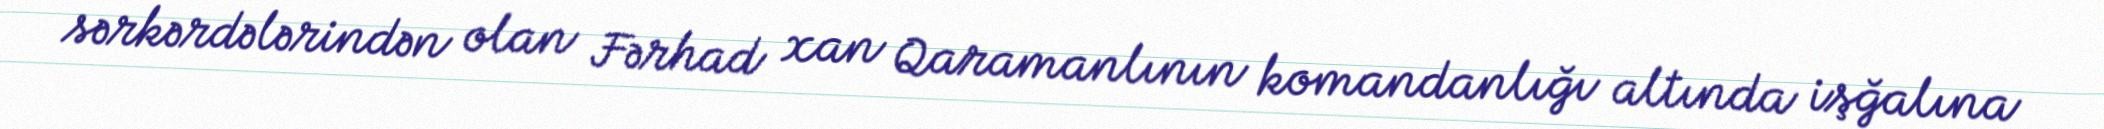
sərkərdələrindən olan Fərhad xan Qaramanlının komandanlığı altında işğalına